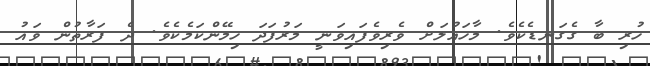
ހުރި ބާ ގެގަނޑެކެވެ. މާހައުލަށް ވެރިވެފައިވަނީ މަރުފަދަ ހިމޭންކަމެކެވެ. ދެ ފަރާތުން ވައު